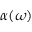
\alpha ( \omega )